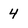
Character: 4